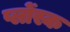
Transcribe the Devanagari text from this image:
प्लोंस्क